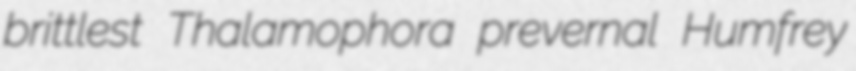
brittlest Thalamophora prevernal Humfrey